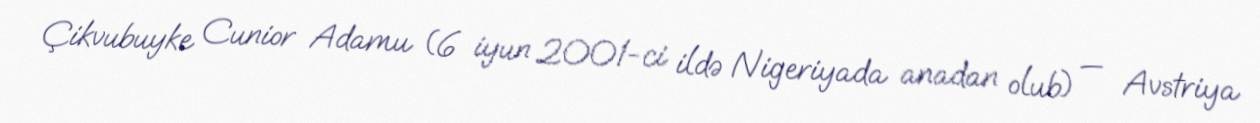
Çikvubuyke Cunior Adamu (6 iyun 2001-ci ildə Nigeriyada anadan olub) — Avstriya